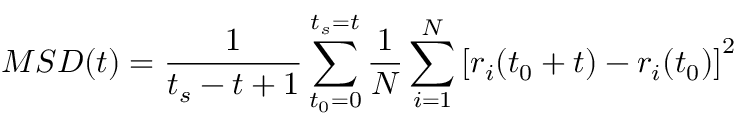
M S D ( t ) = \frac { 1 } { t _ { s } - t + 1 } \sum _ { t _ { 0 } = 0 } ^ { t _ { s } = t } \frac { 1 } { N } \sum _ { i = 1 } ^ { N } \left[ r _ { i } ( t _ { 0 } + t ) - r _ { i } ( t _ { 0 } ) \right] ^ { 2 }